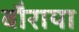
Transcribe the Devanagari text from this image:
बौराया